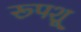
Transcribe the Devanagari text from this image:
रूपशू